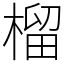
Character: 榴